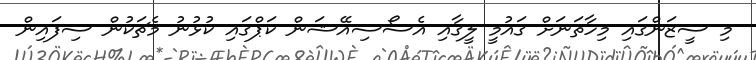
މި ސީޒަންގައި މިހާތަނަށް ގައުމީ ލީގާއި އެސޯސިއޭޝަން ކަޕްގައި ކުޅުނު މެޗަކުން ސިފައިން